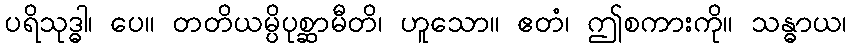
ပရိသုဒ္ဓါ၊ ပေ။ တတိယမ္ပိပုစ္ဆာမီတိ၊ ဟူသော။ ဧတံ၊ ဤစကားကို။ သန္ဓာယ၊